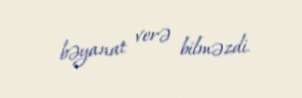
bəyanat verə bilməzdi.